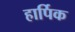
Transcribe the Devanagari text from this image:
हार्पिक